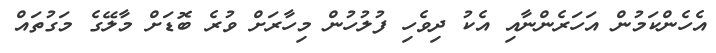
އެހެންކަމުން އަހަރެންނާއި އެކު ދިވެހި ފުލުހުން މިހާރަށް ވުރެ ބޮޑަށް މާލޭގެ މަގުތައް